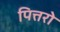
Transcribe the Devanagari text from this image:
पित्तरो